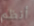
أنظم